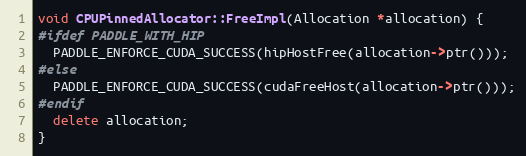
Language: C++
void CPUPinnedAllocator::FreeImpl(Allocation *allocation) {
#ifdef PADDLE_WITH_HIP
  PADDLE_ENFORCE_CUDA_SUCCESS(hipHostFree(allocation->ptr()));
#else
  PADDLE_ENFORCE_CUDA_SUCCESS(cudaFreeHost(allocation->ptr()));
#endif
  delete allocation;
}